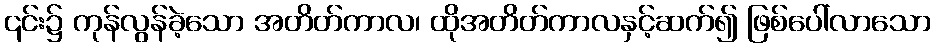
၎င်း၌ ကုန်လွန်ခဲ့သော အတိတ်ကာလ၊ ထိုအတိတ်ကာလနှင့်ဆက်၍ ဖြစ်ပေါ်လာသော